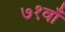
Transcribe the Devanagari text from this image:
७१वाँ